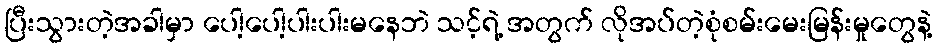
ပြီးသွားတဲ့အခါမှာ ပေါ့ပေါ့ပါးပါးမနေဘဲ သင့်ရဲ့ အတွက် လိုအပ်တဲ့စုံစမ်းမေးမြန်းမှုတွေနဲ့